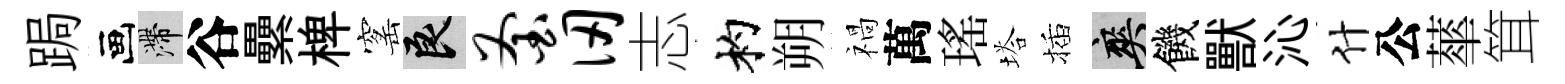
跼画滯谷纍椑窰良釜仞志杓朔禍萬瑤塔插爽饑獸沁什公蕐䇯